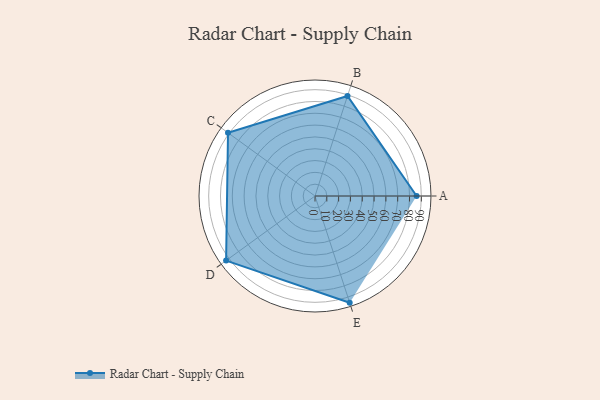
{"axis": {"x": "Skill", "y": "Score"}, "legend": ["Profile"], "data": [{"x": "A", "y": 86.0, "type": "Profile"}, {"x": "B", "y": 89.0, "type": "Profile"}, {"x": "C", "y": 91.0, "type": "Profile"}, {"x": "D", "y": 93.0, "type": "Profile"}, {"x": "E", "y": 95.0, "type": "Profile"}]}